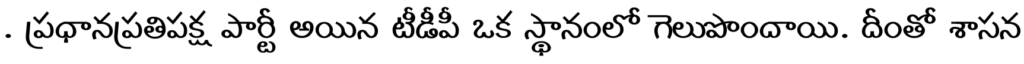
. ప్రధానప్రతిపక్ష పార్టీ అయిన టీడీపీ ఒక స్థానంలో గెలుపొందాయి. దీంతో శాసన